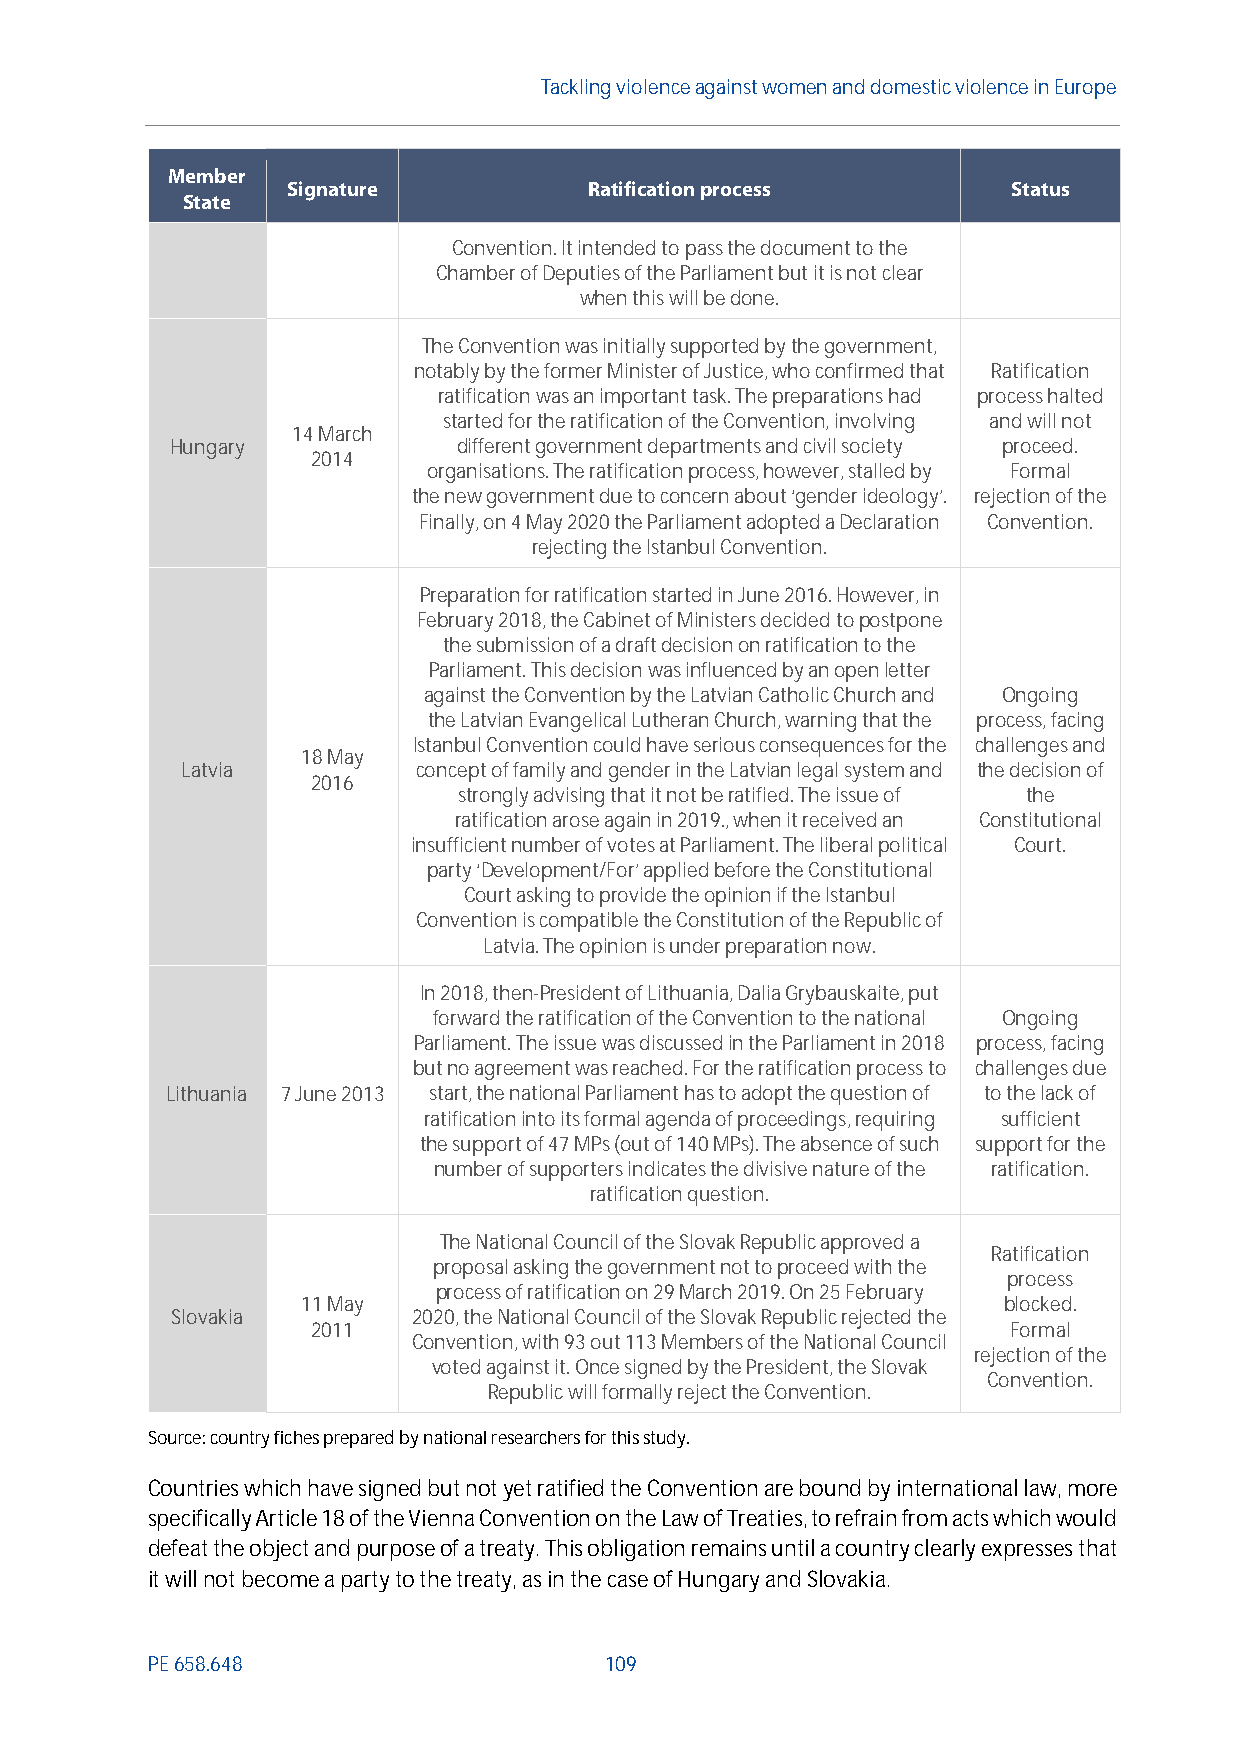
Tackling violenceagainst women and domestic violence in Europe
 Member
 Signature           Ratification process        Status
 State
 Convention. It intended to pass the document to the
 Chamber of Deputies of the Parliament but it is not clear
 when this will bedone.
 The Convention was initially supported by the government,
 notably by the former Minister of Justice, who confirmed that Ratification
 ratification was an important task. The preparations had process halted
 started for the ratification ofthe Convention, involving and will not
 14 March
 Hungary            different government departments and civil society proceed.
 2014
 organisations. The ratification process, however, stalled by Formal
 the new governmentdue to concern about ‘gender ideology’. rejection of the
 Finally, on 4 May 2020 the Parliament adopted a Declaration Convention.
 rejecting the Istanbul Convention.
 Preparation for ratification started in June 2016. However, in
 February 2018, the Cabinet of Ministers decided topostpone
 the submission of a draft decision on ratification to the
 Parliament. This decision was influenced by an open letter
 against the Convention by the Latvian Catholic Church and Ongoing
 the Latvian Evangelical Lutheran Church, warning that the process, facing
 Istanbul Convention could have serious consequences for the challenges and
 18 May
 Latvia          concept of family and gender in the Latvian legal system and the decision of
 2016
 strongly advising that it not be ratified. The issue of the
 ratification arose again in 2019., when it received an Constitutional
 insufficient number of votes at Parliament.The liberal political Court.
 party ‘Development/For’ applied before the Constitutional
 Court asking to provide the opinion if the Istanbul
 Convention is compatible the Constitution of the Republic of
 Latvia. The opinion is under preparation now.
 In 2018, then-President of Lithuania, Dalia Grybauskaite, put
 forward the ratification of the Convention to the national Ongoing
 Parliament. The issue was discussed in the Parliament in 2018 process, facing
 but no agreement was reached. For the ratification process to challenges due
 Lithuania 7 June 2013 start, the national Parliament has to adopt the question of to the lack of
 ratification into its formal agenda of proceedings, requiring sufficient
 the support of 47 MPs (out of 140 MPs). The absence of such support for the
 number of supporters indicates the divisive nature of the ratification.
 ratification question.
 The National Council of the Slovak Republic approved a
 Ratification
 proposal asking the government not to proceed with the
 process
 process of ratification on 29 March 2019. On 25 February
 11 May                                        blocked.
 Slovakia        2020, the National Council of the Slovak Republic rejected the
 2011                                          Formal
 Convention, with 93 out 113 Members of the National Council
 rejection of the
 voted against it. Once signed by the President, the Slovak
 Convention.
 Republic will formally reject the Convention.
 Source: country fiches prepared by national researchers for this study.
 Countries which have signed but not yet ratified the Convention are bound by international law, more
 specifically Article 18 of the Vienna Convention on the Law of Treaties,to refrainfrom acts which would
 defeat the object and purpose of a treaty. This obligation remains until a country clearly expresses that
 it will not become a party to the treaty, as in the case of Hungary and Slovakia.
 PE658.648                     109